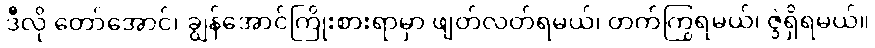
ဒီလို တော်အောင်၊ ချွန်အောင်ကြိုးစားရာမှာ ဖျတ်လတ်ရမယ်၊ တက်ကြွရမယ်၊ ဇွဲရှိရမယ်။